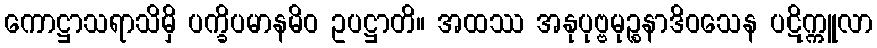
ကောဋ္ဌာသရာသိမှိ ပက္ခိပမာနမိဝ ဥပဋ္ဌာတိ။ အထဿ အနုပုဗ္ဗမုဉ္စနာဒိဝသေန ပဋိက္ကူလာ